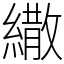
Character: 繖